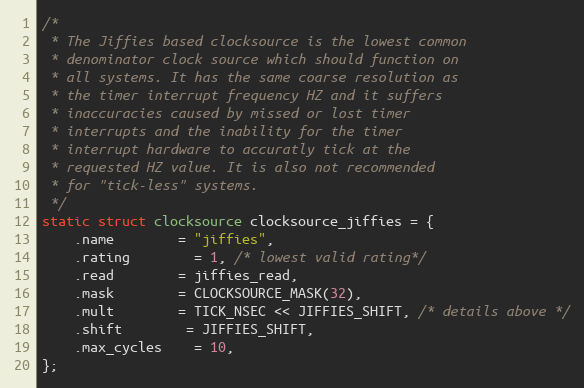
Language: C
/*
 * The Jiffies based clocksource is the lowest common
 * denominator clock source which should function on
 * all systems. It has the same coarse resolution as
 * the timer interrupt frequency HZ and it suffers
 * inaccuracies caused by missed or lost timer
 * interrupts and the inability for the timer
 * interrupt hardware to accuratly tick at the
 * requested HZ value. It is also not recommended
 * for "tick-less" systems.
 */
static struct clocksource clocksource_jiffies = {
	.name		= "jiffies",
	.rating		= 1, /* lowest valid rating*/
	.read		= jiffies_read,
	.mask		= CLOCKSOURCE_MASK(32),
	.mult		= TICK_NSEC << JIFFIES_SHIFT, /* details above */
	.shift		= JIFFIES_SHIFT,
	.max_cycles	= 10,
};